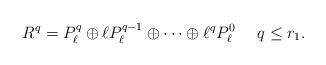
LaTeX: \begin{align*}R^q=P^q_\ell \oplus \ell P^{q-1}_\ell \oplus \dots\oplus \ell^q P^0_\ell \ \ \ \ q \le r_1.\end{align*}